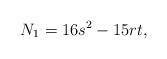
LaTeX: \begin{align*}N_1=16 s^2-15 r t,\end{align*}